Vaccination in Bombay 1869-1873 - 1869-1873
Year: 1869
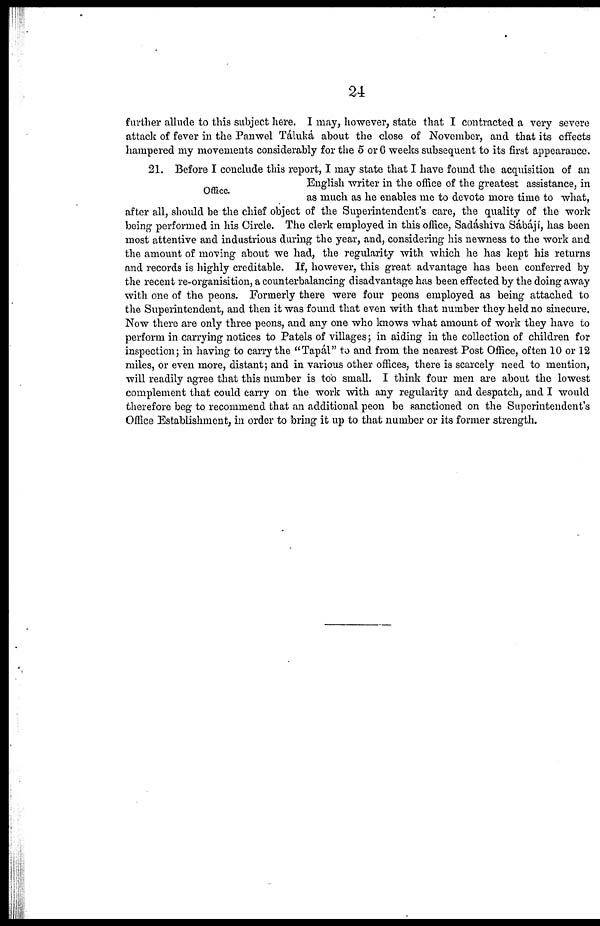
24
further allude to this subject here. I may, however, state that I contracted a very severe
attack of fever in the Panwel Táluká about the close of November, and that its effects
hampered my movements considerably for the 5 or 6 weeks subsequent to its first appearance.
Office.
21. Before I conclude this report, I may state that I have found the acquisition of an
English writer in the office of the greatest assistance, in
as much as he enables me to devote more time to what,
after all, should be the chief object of the Superintendent's care, the quality of the work
being performed in his Circle. The clerk employed in this office, Sadáshiva Sábájí, has been
most attentive and industrious during the year, and, considering his newness to the work and
the amount of moving about we had, the regularity with which he has kept his returns
and records is highly creditable. If, however, this great advantage has been conferred by
the recent re-organisition, a counterbalancing disadvantage has been effected by the doing away
with one of the peons. Formerly there were four peons employed as being attached to
the Superintendent, and then it was found that even with that number they held no sinecure.
Now there are only three peons, and any one who knows what amount of work they have to
perform in carrying notices to Patels of villages; in aiding in the collection of children for
inspection; in having to carry the "Tapál" to and from the nearest Post Office, often 10 or 12
miles, or even more, distant; and in various other offices, there is scarcely need to mention,
will readily agree that this number is too small. I think four men are about the lowest
complement that could carry on the work with any regularity and despatch, and I would
therefore beg to recommend that an additional peon be sanctioned on the Superintendent's
Office Establishment, in order to bring it up to that number or its former strength.